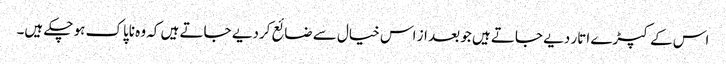
اس کے کپڑے اتار دیے جاتے ہیں جو بعد از اس خیال سے ضائع کردیے جاتے ہیں کہ وہ ناپاک ہو چکے ہیں۔